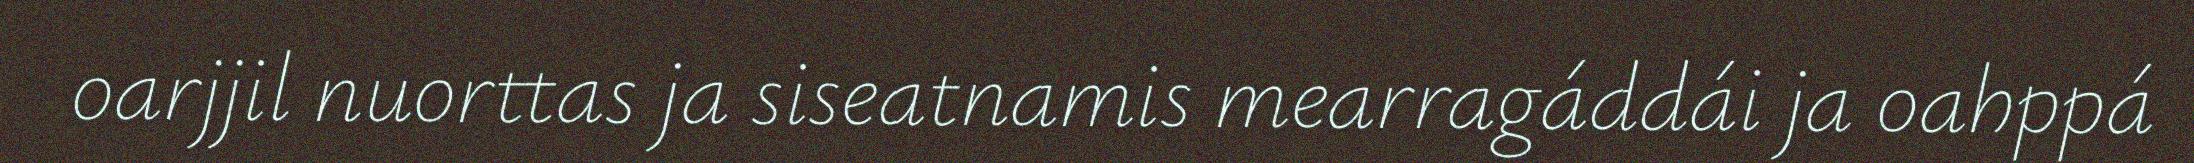
oarjjil nuorttas ja siseatnamis mearragáddái ja oahppá